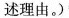
述理由。)